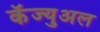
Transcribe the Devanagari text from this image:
कॅज्युअल